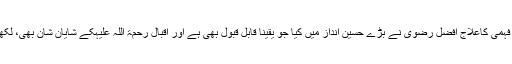
اس غلط فہمی کاعلاج افضل رضویؔ نے بڑے حسین انداز میں کیا جو یقینا قابل قبول بھی ہے اور اقبال رحمۃ اللہ علیہکے شایانِ شان بھی، لکھتے ہیں۔